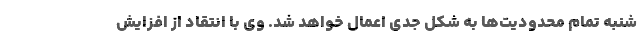
شنبه تمام محدودیت‌ها به شکل جدی اعمال خواهد شد. وی با انتقاد از افزایش